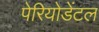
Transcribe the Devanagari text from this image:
पेरियोडेंटल